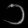
Digit: ၁